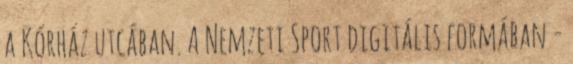
a Kórház utcában. A Nemzeti Sport digitális formában -